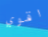
اقوي